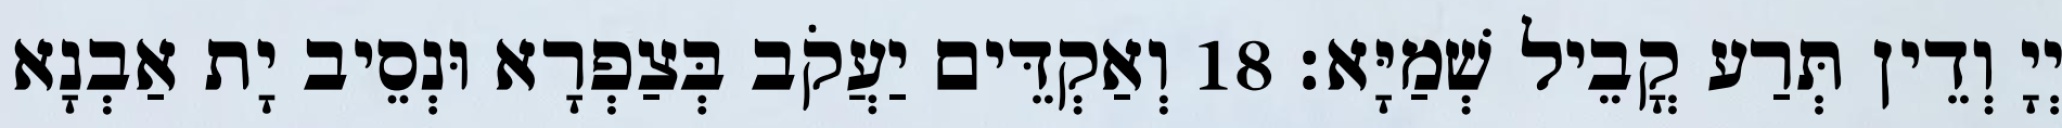
יְיָ וְדֵין תְּרַע קֳבֵיל שְׁמַיָּא׃ 18 וְאַקְדֵּים יַעֲקֹב בְּצַפְרָא וּנְסֵיב יָת אַבְנָא